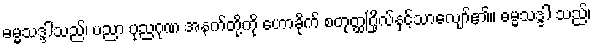
ဓမ္မသဒ္ဒါသည်၊ ပညာ ပုညဂုဏ အနက်တို့ကို ဟောခိုက် စတုတ္ထဂြိုလ်နှင့်သာလျော်၏။ ဓမ္မသဒ္ဒါ သည်၊